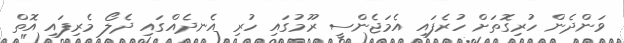
ވަންދެން ހުރިގޮތަށް ހުރެފައި އެމަޖެންސީ ރޫމުގައި ހުރި އެނދެއްގައި ދެލޯ މެރިފައި އޮތް